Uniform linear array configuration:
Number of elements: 64
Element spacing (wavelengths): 0.25
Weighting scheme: hamming
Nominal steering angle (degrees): -45
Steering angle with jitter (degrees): -46.421
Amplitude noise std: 0.05
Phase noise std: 0.05

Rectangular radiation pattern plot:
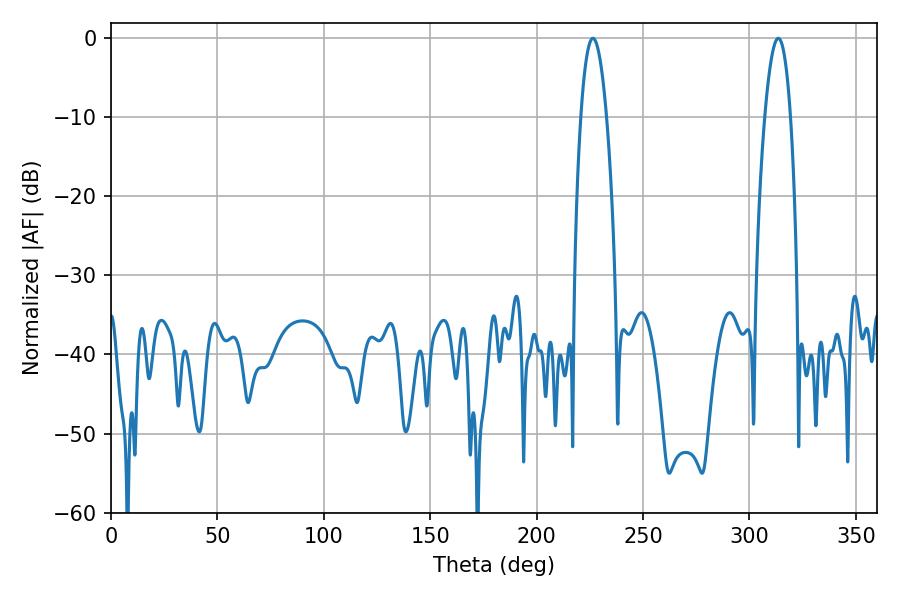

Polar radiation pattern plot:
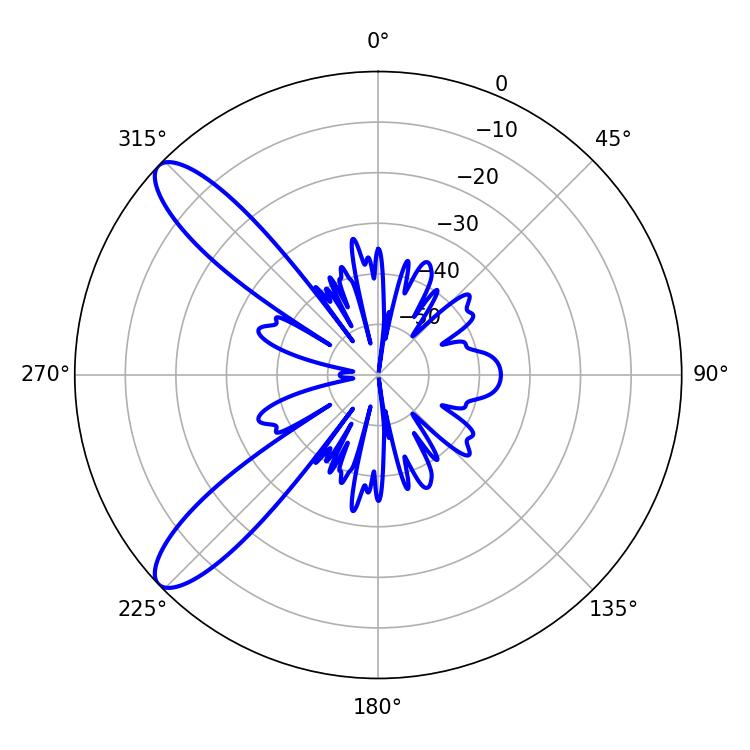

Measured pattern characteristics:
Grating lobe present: FALSE
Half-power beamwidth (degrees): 6.66
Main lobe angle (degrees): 226.44